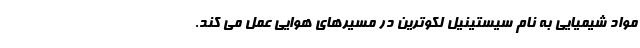
مواد شیمیایی به نام سیستینیل لکوترین در مسیرهای هوایی عمل می کند.